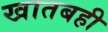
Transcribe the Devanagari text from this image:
खातबही